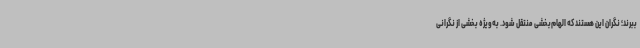
ببرند؛ نگران این هستند که الهام‌بخشی منتقل شود. به‌ویژه بخشی از نگرانی